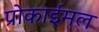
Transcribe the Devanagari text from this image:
प्रोकाईमल